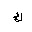
Letter: _kaf